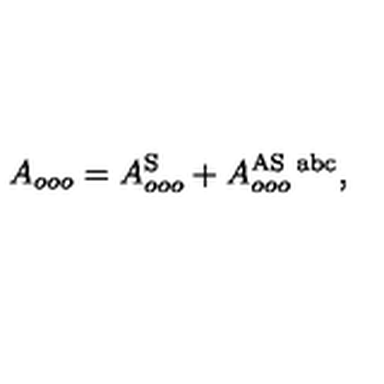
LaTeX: A _ { o o o } = A _ { o o o } ^ { \mathrm { S } } + A _ { o o o } ^ { \mathrm { A S \ a b c } } ,